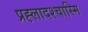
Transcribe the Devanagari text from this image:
प्रह्लादश्चास्मि